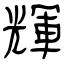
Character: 輝